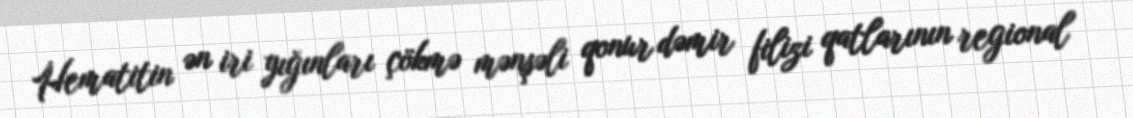
Hematitin ən iri yığınları çökmə mənşəli qonur dəmir filizi qatlarının regional